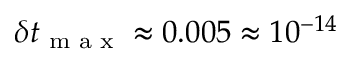
\delta t _ { \textrm { m a x } } \approx 0 . 0 0 5 \approx 1 0 ^ { - 1 4 }